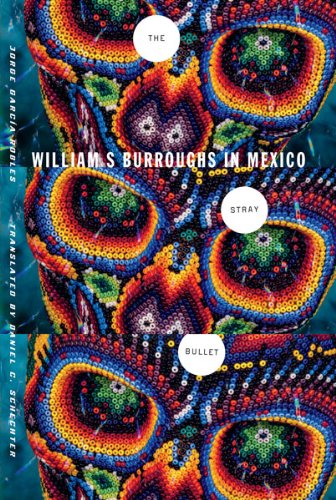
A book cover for The Stray Bullet: William S. Burroughs in Mexico; Jorge Garcia-Robles; Gay & Lesbian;